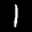
Label: 1